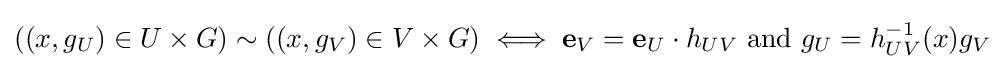
((x,g_{U})\in U\times G)\sim ((x,g_{V})\in V\times G)\iff {\mathbf {e} }_{V}={\mathbf {e} }_{U}\cdot h_{UV}{\text{ and }}g_{U}=h_{UV}^{-1}(x)g_{V}